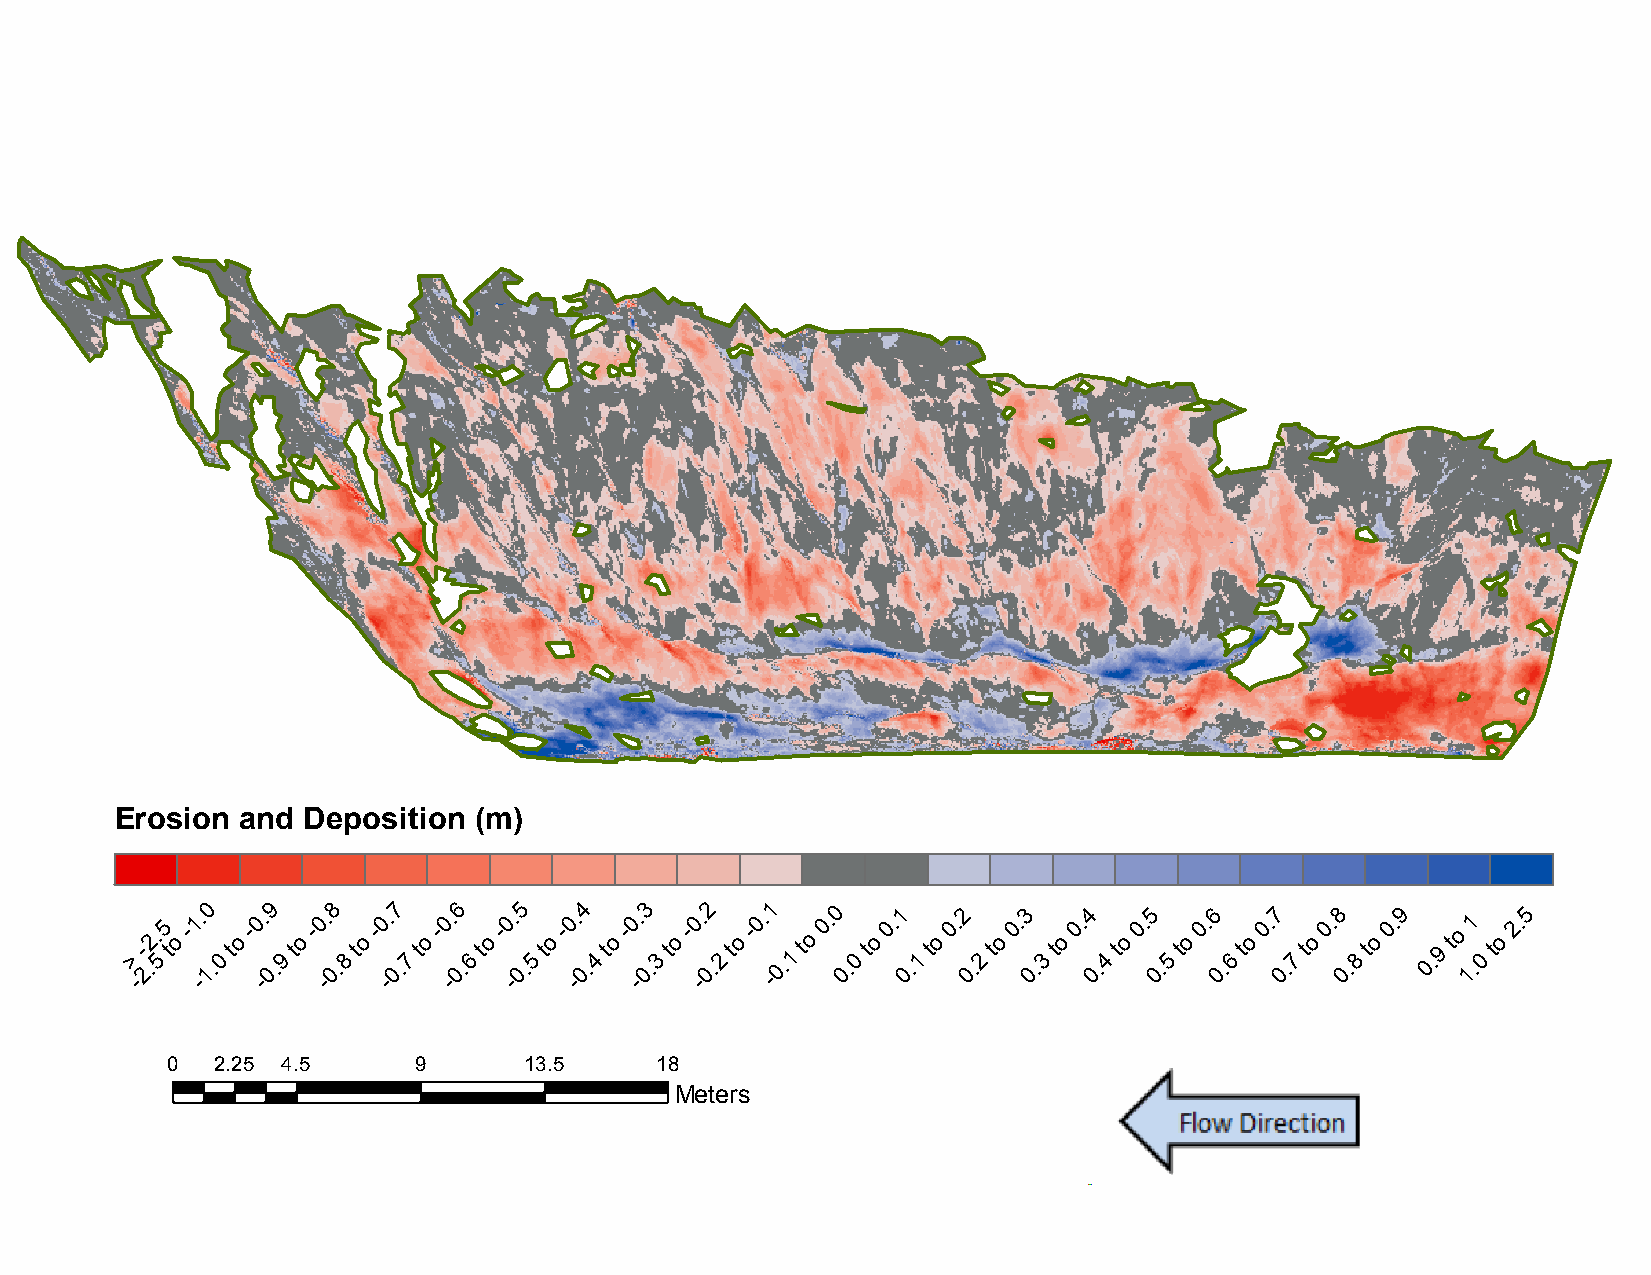
B7:    November          2012     to   November          2013
 Erosion and Deposition (m)
 >
 -
 -
 2.2.
 5
 5
 t
 o
 -1 -. 10
 .0
 to
 -0 -. 09
 .9
 to
 -0 -. 08
 .8
 to
 -0 -. 07
 .7
 to
 -0 -. 06
 .6
 to
 -0 -. 05
 .5
 to
 -0 -. 04
 .4
 to
 -0 -. 03
 .3
 to
 -0 -. 02
 .2
 to
 -0. -1
 0.1
 to
 0. 0
 0.
 0
 to
 0.1
 0
 .1
 to
 0.2
 0
 .2
 to
 0.3
 0
 .3
 to
 0.4
 0.
 4
 to
 0.5
 0.
 5
 to
 0.6
 0.
 6
 to
 0.7
 0.
 7
 to
 0.8
 0.
 8
 to
 0.9
 0
 .9
 to
 11
 .0
 to
 2.5
 0  2.25 4.5     9       13.5    18
 Meters